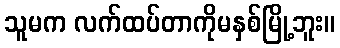
သူမက လက်ထပ်တာကိုမနှစ်မြို့ဘူး။